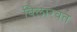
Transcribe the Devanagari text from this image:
विलारवत